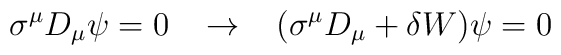
\sigma^{\mu} D_{\mu} \psi = 0  \; \; \; \rightarrow \; \;  \;(\sigma^{\mu} D_{\mu} + \delta W) \psi = 0